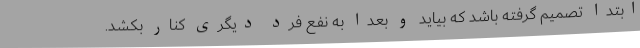
ابتدا تصمیم گرفته باشد که بیاید و بعداً به نفع فرد دیگری کنار بکشد.